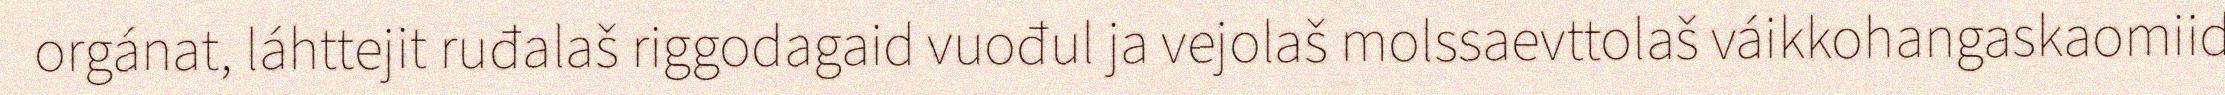
orgánat, láhttejit ruđalaš riggodagaid vuođul ja vejolaš molssaevttolaš váikkohangaskaomiid